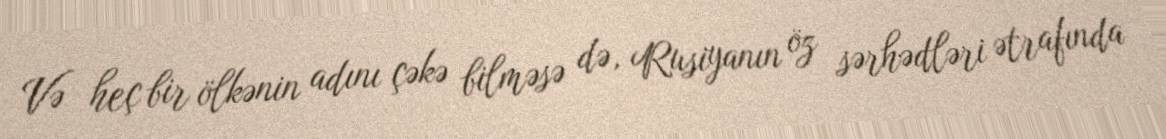
Və heç bir ölkənin adını çəkə bilməsə də, Rusiyanın öz sərhədləri ətrafında